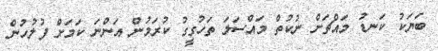
ބަޔަކު ކަނޑު މައްޗަށް ނުކުތް މައްސަލަ ތަހުގީގު ކުރަމުން އަންނަ ކަމަށް ފުލުހުން